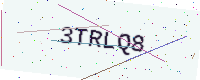
Text: 3TRLQ8